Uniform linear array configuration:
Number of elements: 32
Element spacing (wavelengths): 1
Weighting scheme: hann
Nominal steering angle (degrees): -60
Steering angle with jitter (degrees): -58.51
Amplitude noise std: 0.05
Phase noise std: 0.05

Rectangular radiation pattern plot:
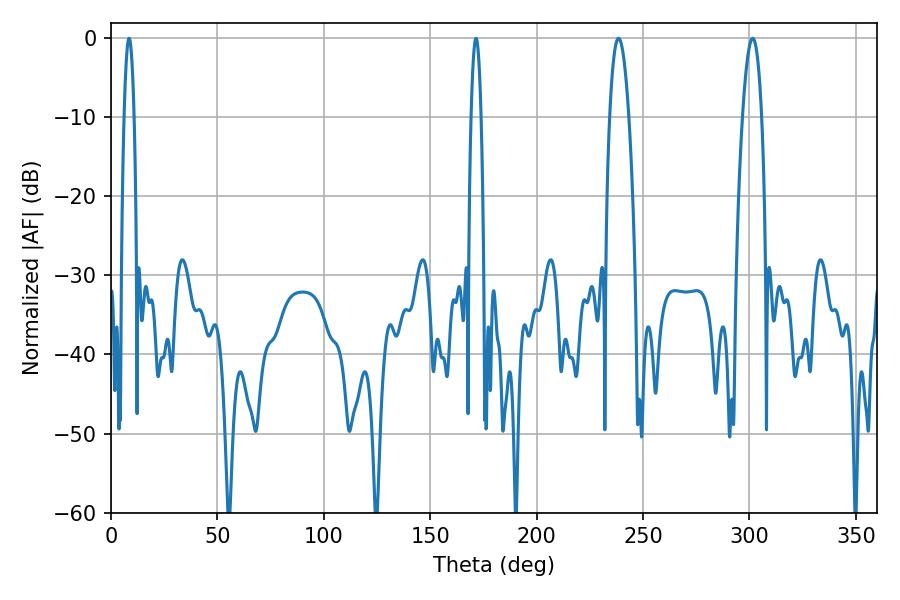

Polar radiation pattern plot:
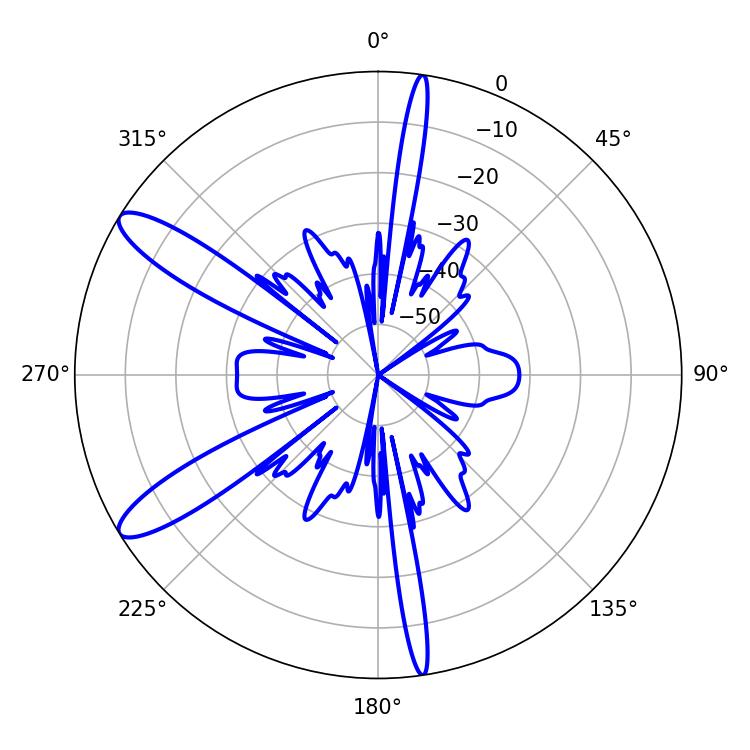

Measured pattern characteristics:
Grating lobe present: TRUE
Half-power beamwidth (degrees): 4.86
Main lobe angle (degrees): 238.5